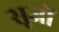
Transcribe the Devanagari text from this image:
सूजों